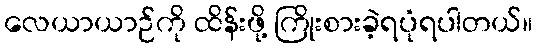
လေယာယာဉ်ကို ထိန်းဖို့ ကြိုးစားခဲ့ရပုံရပါတယ်။